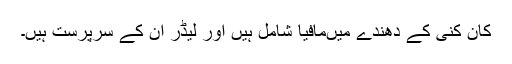
کان کنی کے دھندے میںمافیا شامل ہیں اور لیڈر ان کے سرپرست ہیں۔